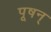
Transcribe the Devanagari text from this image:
पूषन्